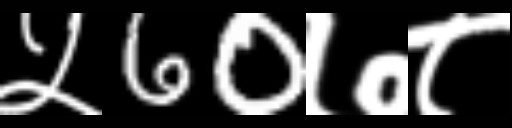
Text: ५60७८